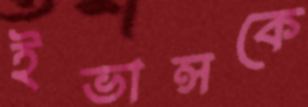
ইভান্সকে